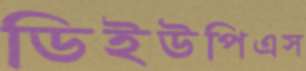
ডিইউপিএস